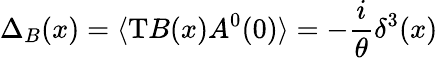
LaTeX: \Delta_{B}(x)=\langle\mathrm{T}B(x)A^{0}(0)\rangle=-\frac{i}{\theta}\delta^{3}(x)